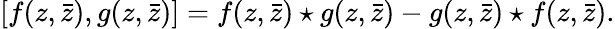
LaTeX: [f(z,\bar{z}),g(z,\bar{z})]=f(z,\bar{z})\star g(z,\bar{z})-g(z,\bar{z})\star f(z,\bar{z}).